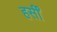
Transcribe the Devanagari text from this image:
हर्सीं